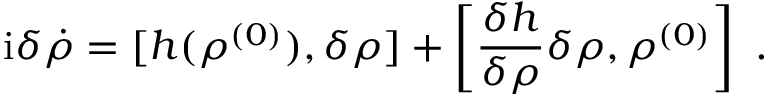
\mathrm { i } \delta \dot { \rho } = [ h ( \rho ^ { ( 0 ) } ) , \delta \rho ] + \left[ \frac { \delta h } { \delta \rho } \delta \rho , \rho ^ { ( 0 ) } \right] \ .